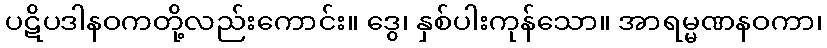
ပဋိပဒါနဝကတို့လည်းကောင်း။ ဒွေ၊ နှစ်ပါးကုန်သော။ အာရမ္မဏနဝကာ၊